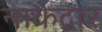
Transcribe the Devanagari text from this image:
नाकेदार